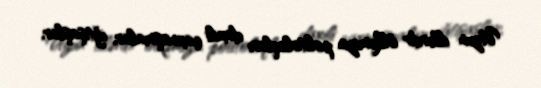
Uzun illərdir ölkəmizin politoloqları daxili çaxnaşmalar, iğtişaşlar,